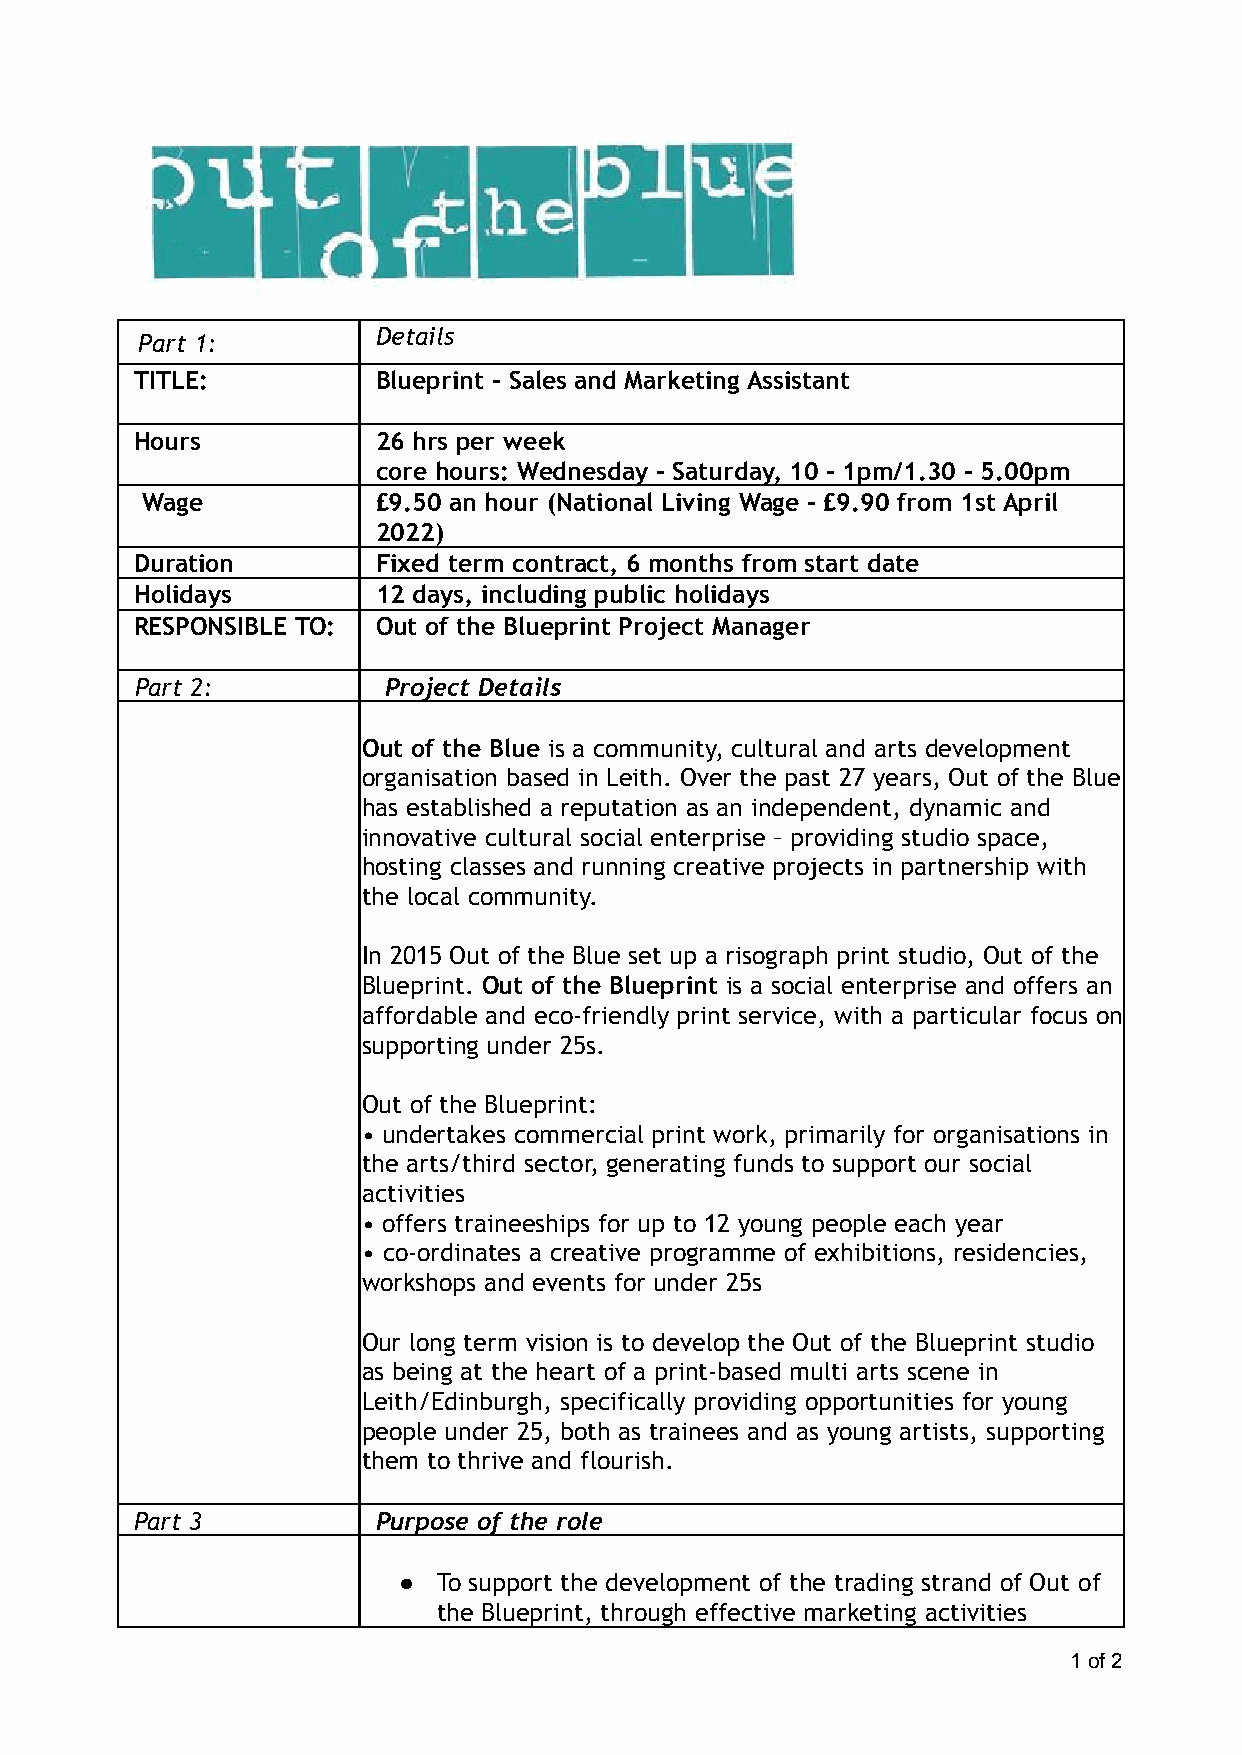
Part 1:         Details
 TITLE:          Blueprint - Sales and Marketing Assistant
 Hours           26 hrs per week
 core hours: Wednesday - Saturday, 10 - 1pm/1.30 - 5.00pm
 Wage            £9.50 an hour (National Living Wage - £9.90 from 1st April
 2022)
 Duration        Fixed term contract, 6 months from start date
 Holidays        12 days, including public holidays
 RESPONSIBLE TO: Out of the Blueprint Project Manager
 Part 2:         Project Details
 Out of the Blue is a community, cultural and arts development
 organisation based in Leith. Over the past 27 years, Out of the Blue
 has established a reputation as an independent, dynamic and
 innovative cultural social enterprise – providing studio space,
 hosting classes and running creative projects in partnership with
 the local community.
 In 2015 Out of the Blue set up a risograph print studio, Out of the
 Blueprint. Out of the Blueprint is a social enterprise and offers an
 affordable and eco-friendly print service, with a particular focus on
 supporting under 25s.
 Out of the Blueprint:
 • undertakes commercial print work, primarily for organisations in
 the arts/third sector, generating funds to support our social
 activities
 • offers traineeships for up to 12 young people each year
 • co-ordinates a creative programme of exhibitions, residencies,
 workshops and events for under 25s
 Our long term vision is to develop the Out of the Blueprint studio
 as being at the heart of a print-based multi arts scene in
 Leith/Edinburgh, specifically providing opportunities for young
 people under 25, both as trainees and as young artists, supporting
 them to thrive and flourish.
 Part 3          Purpose of the role
 ●  To support the development of the trading strand of Out of
 the Blueprint, through effective marketing activities
 1of2